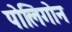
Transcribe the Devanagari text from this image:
पोलिगोन